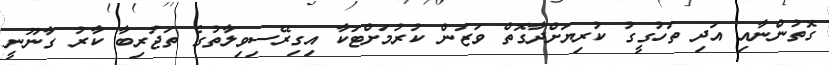
ގޮތުންނާއި އަދި ތަހުގީގު ކުރިޔަށްދާގޮތް ވަޒަން ކުރުމަށްޓަކާ އިގިރޭސިވިލާތުގެ ތަޖުރިބާ ކާރު ގާނޫނީ